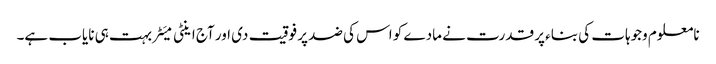
نامعلوم وجوہات کی بناء پر قدرت نے مادے کو اس کی ضد پر فوقیت دی اور آج اینٹی میَٹر بہت ہی نایاب ہے۔